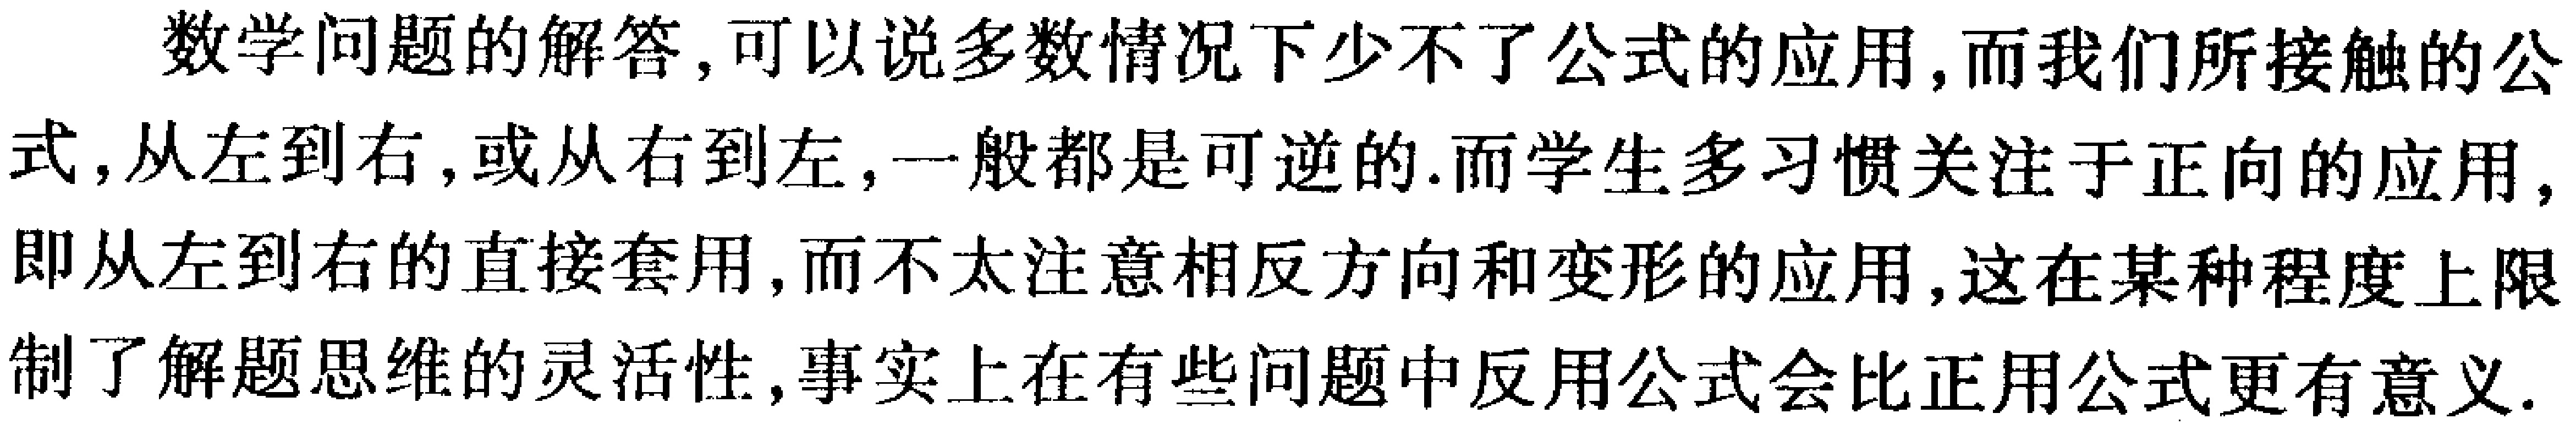
数学问题的解答，可以说多数情况下少不了公式的应用，而我们所接触的公式，从左到右，或从右到左，一般都是可逆的.而学生多习惯关注于正向的应用，即从左到右的直接套用，而不太注意相反方向和变形的应用，这在某种程度上限制了解题思维的灵活性，事实上在有些问题中反用公式会比正用公式更有意义.